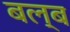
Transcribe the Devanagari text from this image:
बल्‍ब